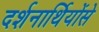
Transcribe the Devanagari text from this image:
दर्शनार्थियोंसे